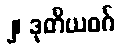
၂၊ ဒုတိယဝဂ်